Epidemic dropsy in Calcutta - Number 49
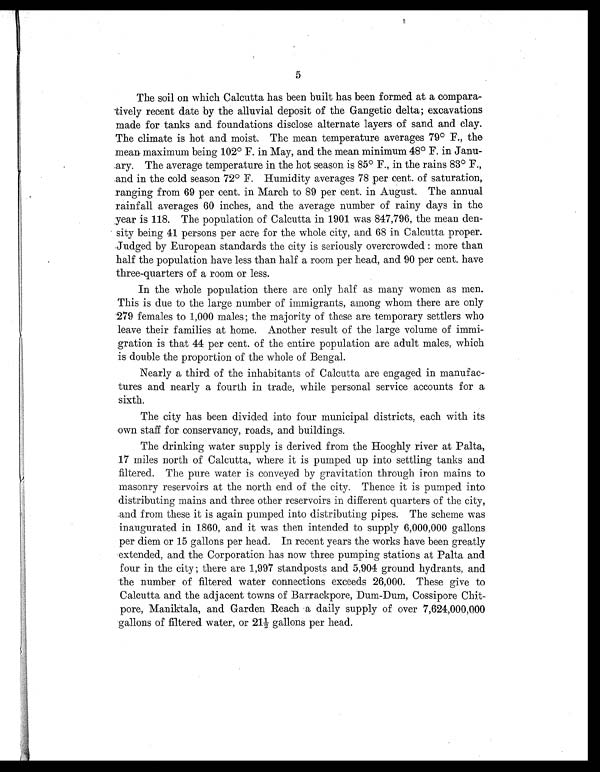
5
The soil on which Calcutta has been built has been formed at a compara-
tively recent date by the alluvial deposit of the Gangetic delta; excavations
made for tanks and foundations disclose alternate layers of sand and clay.
The climate is hot and moist. The mean temperature averages 79° F., the
mean maximum being 102° F. in May, and the mean minimum 48° F. in Janu-
ary. The average temperature in the hot season is 85° F., in the rains 83° F.,
.and in the cold season 72° F. Humidity averages 78 per cent. of saturation,
ranging from 69 per cent. in March to 89 per cent. in August. The annual
rainfall averages 60 inches, and the average number of rainy days in the
year is 118. The population of Calcutta in 1901 was 847,796, the mean den-
sity being 41 persons per acre for the whole city, and 68 in Calcutta proper.
.Judged by European standards the city is seriously overcrowded : more than
half the population have less than half a room per head, and 90 per cent. have
three-quarters of a room or less.
In the whole population there are only half as many women as men.
This is due to the large number of immigrants, among whom there are only
279 females to 1,000 males; the majority of these are temporary settlers who
leave their families at home. Another result of the large volume of immi-
gration is that 44 per cent. of the entire population are adult males, which
is double the proportion of the whole of Bengal.
Nearly a third of the inhabitants of Calcutta are engaged in manufac-
tures and nearly a fourth in trade, while personal service accounts for a
sixth.
The city has been divided into four municipal districts, each with its
own staff for conservancy, roads, and buildings.
The drinking water supply is derived from the Hooghly river at Palta,
17 miles north of Calcutta, where it is pumped up into settling tanks and
filtered. The pure water is conveyed by gravitation through iron mains to
masonry reservoirs at the north end of the city. Thence it is pumped into
distributing mains and three other reservoirs in different quarters of the city,
and from these it is again pumped into distributing pipes. The scheme was
inaugurated in 1860, and it was then intended to supply 6,000,000 gallons
per diem or 15 gallons per head. In recent years the works have been greatly
extended, and the Corporation has now three pumping stations at Palta and
four in the city ; there are 1,997 standposts and 5,904 ground hydrants, and
the number of filtered water connections exceeds 26,000. These give to
Calcutta and the adjacent towns of Barrackpore, Dum-Dum, Cossipore Chit-
pore, Maniktala, and Garden Reach a daily supply of over 7,624,000,000
gallons of filtered water, or 21½ gallons per head.